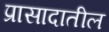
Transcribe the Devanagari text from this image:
प्रासादातील